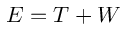
E = T + W